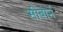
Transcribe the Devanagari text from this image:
सीबोर्न